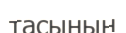
тасының